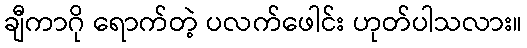
ချီကာဂို ရောက်တဲ့ ပလက်ဖေါင်း ဟုတ်ပါသလား။